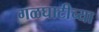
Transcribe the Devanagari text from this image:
गळघाटीच्या